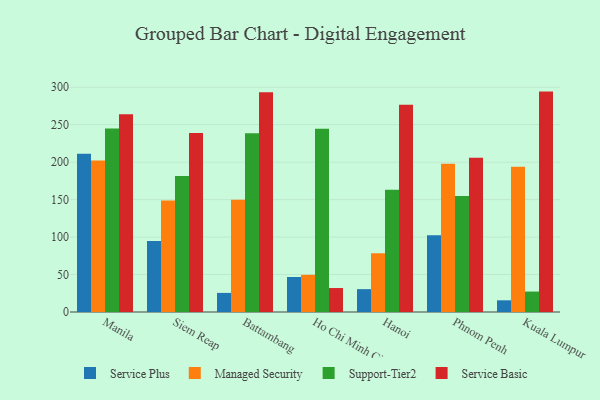
{"axis": {"x": "City", "y": "Conversion Rate (%)"}, "legend": ["Managed Security", "Service Basic", "Service Plus", "Support-Tier2"], "data": [{"x": "Manila", "y": 211.4, "type": "Service Plus"}, {"x": "Manila", "y": 202.2, "type": "Managed Security"}, {"x": "Manila", "y": 245.0, "type": "Support-Tier2"}, {"x": "Manila", "y": 263.9, "type": "Service Basic"}, {"x": "Siem Reap", "y": 94.9, "type": "Service Plus"}, {"x": "Siem Reap", "y": 149.0, "type": "Managed Security"}, {"x": "Siem Reap", "y": 181.5, "type": "Support-Tier2"}, {"x": "Siem Reap", "y": 239.1, "type": "Service Basic"}, {"x": "Battambang", "y": 25.5, "type": "Service Plus"}, {"x": "Battambang", "y": 150.0, "type": "Managed Security"}, {"x": "Battambang", "y": 238.5, "type": "Support-Tier2"}, {"x": "Battambang", "y": 293.4, "type": "Service Basic"}, {"x": "Ho Chi Minh City", "y": 46.7, "type": "Service Plus"}, {"x": "Ho Chi Minh City", "y": 49.6, "type": "Managed Security"}, {"x": "Ho Chi Minh City", "y": 244.6, "type": "Support-Tier2"}, {"x": "Ho Chi Minh City", "y": 32.0, "type": "Service Basic"}, {"x": "Hanoi", "y": 30.5, "type": "Service Plus"}, {"x": "Hanoi", "y": 78.4, "type": "Managed Security"}, {"x": "Hanoi", "y": 163.1, "type": "Support-Tier2"}, {"x": "Hanoi", "y": 276.5, "type": "Service Basic"}, {"x": "Phnom Penh", "y": 102.5, "type": "Service Plus"}, {"x": "Phnom Penh", "y": 198.0, "type": "Managed Security"}, {"x": "Phnom Penh", "y": 154.8, "type": "Support-Tier2"}, {"x": "Phnom Penh", "y": 205.8, "type": "Service Basic"}, {"x": "Kuala Lumpur", "y": 15.6, "type": "Service Plus"}, {"x": "Kuala Lumpur", "y": 193.9, "type": "Managed Security"}, {"x": "Kuala Lumpur", "y": 27.3, "type": "Support-Tier2"}, {"x": "Kuala Lumpur", "y": 294.2, "type": "Service Basic"}]}